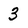
Character: 3